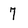
Character: 7